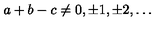
a + b - c \neq 0 , \pm 1 , \pm 2 , \ldots